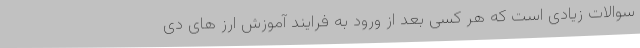
سوالات زیادی است که هر کسی بعد از ورود به فرایند آموزش ارز های دی